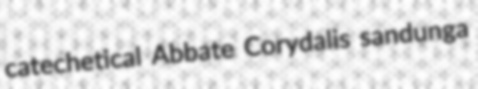
catechetical Abbate Corydalis sandunga